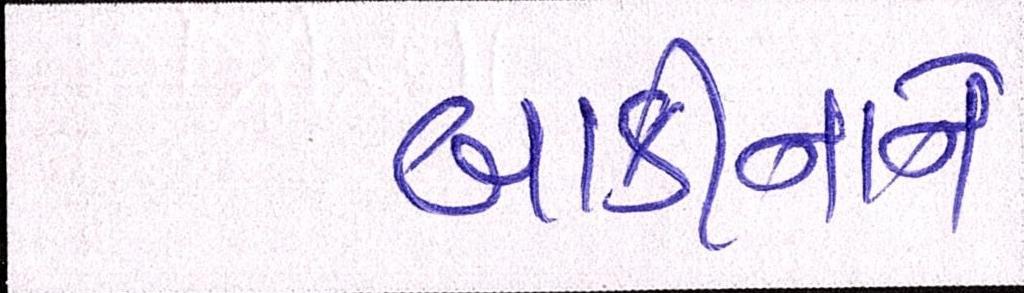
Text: બાકીનાને